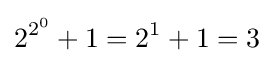
2^{2^{0}}+1=2^{1}+1=3